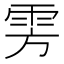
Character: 雱